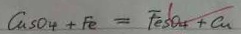
C u s O _ { 4 } + F e = F e S O _ { 4 } + C u